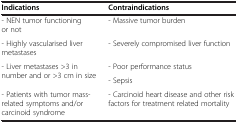
<table><thead><tr><td><b>Indications</b></td><td><b>Contraindications</b></td></tr></thead><tbody><tr><td>- NEN tumor functioning or not</td><td>- Massive tumor burden</td></tr><tr><td>- Highly vascularised liver metastases</td><td>- Severely compromised liver function</td></tr><tr><td rowspan="2">- Liver metastases &gt;3 in number and or &gt;3 cm in size</td><td>- Poor performance status</td></tr><tr><td>- Sepsis</td></tr><tr><td>- Patients with tumor mass-related symptoms and/or carcinoid syndrome</td><td>- Carcinoid heart disease and other risk factors for treatment related mortality</td></tr></tbody></table>